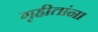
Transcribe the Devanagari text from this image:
गृहीतांना